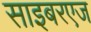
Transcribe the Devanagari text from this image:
साइबरएज